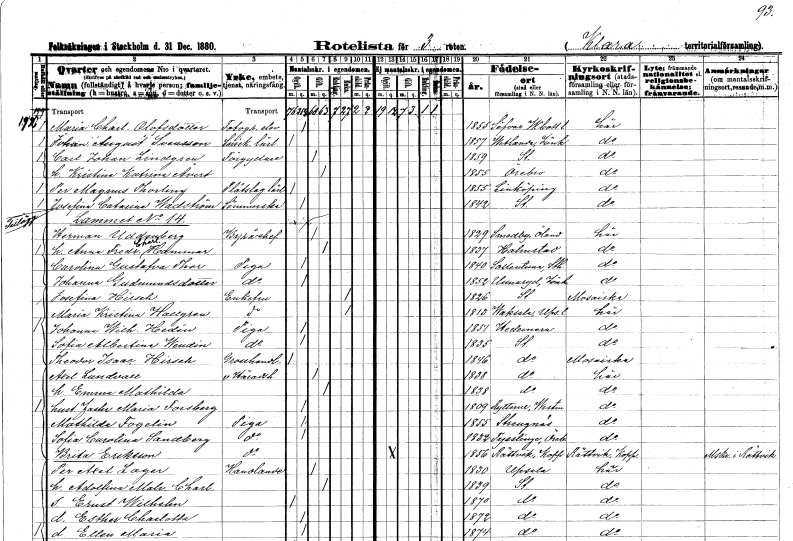
gt_parse: households: individuals: FN: Maria Charlotta
EN: Olofsdotter
YRKE: Fotografielev
KON: K
CIV: O
FODAR: 1855
FODFORS: Sävar Västerbottens län
FN: Johan August
EN: Svensson
YRKE: Snickarelärling
KON: M
CIV: O
FODAR: 1857
FODFORS: Vetlanda Jönköpings län
FN: Carl Johan
EN: Lindgren
YRKE: Förgyllare
KON: M
CIV: G
FODAR: 1859
FODFORS: Stockholm
FN: Kristina Katrina
EN: Ävert
KON: K
CIV: G
FODAR: 1855
FODFORS: Örebro Örebro län
FN: Per Magnus
EN: Thorling
YRKE: Plåtslagarelärling
KON: M
CIV: O
FODAR: 1855
FODFORS: Linköping Östergötlands län
FN: Josefina Catarina
EN: Wadström
YRKE: Sömmerska
KON: K
CIV: O
FODAR: 1842
FODFORS: Stockholm
FN: Herman
EN: Uddenberg
YRKE: Byråchef
KON: M
CIV: G
FODAR: 1829
FODFORS: Smedby Kalmar län
FN: Anna Fredrika Charlotta
EN: Hammar
KON: K
CIV: G
FODAR: 1837
FODFORS: Halmstad Hallands län
FN: Carolina Gustafva
EN: Thor
YRKE: Piga
KON: K
CIV: O
FODAR: 1840
FODFORS: Sollentuna Stockholms län
FN: Johanna
EN: Gudmundsdotter
YRKE: Piga
KON: K
CIV: O
FODAR: 1852
FODFORS: Unnaryd Jönköpings län
FN: Josefina
EN: Hirsch
KON: K
CIV: E
FODAR: 1826
FODFORS: Stockholm
FN: Maria Kristina
EN: Hallgren
KON: K
CIV: E
FODAR: 1813
FODFORS: Vaksala Uppsala län
FN: Johanna Wilhelmina
EN: Hedén
YRKE: Piga
KON: K
CIV: O
FODAR: 1851
FODFORS: Hedemora Kopparbergs län
FN: Sofia Albertina
EN: Wendin
YRKE: Piga
KON: K
CIV: O
FODAR: 1835
FODFORS: Stockholm
FN: Theodor Isaac
EN: Hirsch
YRKE: Grosshandlare
KON: M
CIV: O
FODAR: 1846
FODFORS: Stockholm
FN: Axel
EN: Lundvall
YRKE: Häradshövding vice
KON: M
CIV: G
FODAR: 1838
FODFORS: Stockholm
FN: Emma Mathilda
KON: K
CIV: G
FODAR: 1838
FODFORS: Stockholm
FN: Maria
EN: Forsberg
KON: K
CIV: O
FODAR: 1809
FODFORS: Rytterne Västmanlands län
FN: Mathilda
EN: Fogelin
YRKE: Piga
KON: K
CIV: O
FODAR: 1855
FODFORS: Strängnäs Södermanlands län
FN: Sofia Carolina
EN: Sandberg
YRKE: Piga
KON: K
CIV: O
FODAR: 1832
FODFORS: Tysslinge Örebro län
FN: Brita
EN: Eriksson
YRKE: Piga
KON: K
CIV: O
FODAR: 1856
FODFORS: Rättvik Kopparbergs län
FN: Per Axel
EN: Lager
YRKE: Handlande
KON: M
CIV: G
FODAR: 1830
FODFORS: Uppsala Uppsala län
FN: Adolfina Malvina Charlotta
KON: K
CIV: G
FODAR: 1839
FODFORS: Stockholm
FN: Ernst Wilhelm
KON: M
CIV: O
FODAR: 1870
FODFORS: Stockholm
FN: Esther Charlotta
KON: K
CIV: O
FODAR: 1872
FODFORS: Stockholm
FN: Ellen Maria
KON: K
CIV: O
FODAR: 1874
FODFORS: Stockholm